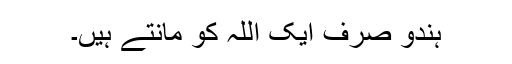
ہندو صرف ایک اللہ کو مانتے ہیں۔